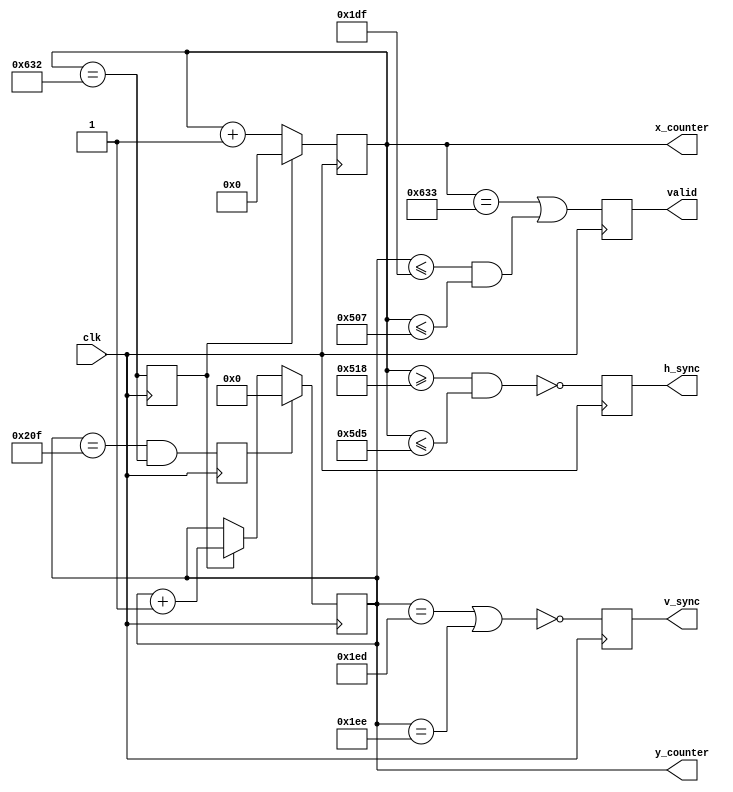
`timescale 1ns / 1ps
//////////////////////////////////////////////////////////////////////////////////
// Company: 
// Engineer: 
// 
// Design Name: 
// Module Name:    vga_sync 
// Project Name: 
// Target Devices: 
// Tool versions: 
// Description: 
//
// Dependencies: 
//
// Revision: 
// Revision 0.01 - File Created
// Additional Comments: 
//
//////////////////////////////////////////////////////////////////////////////////
module vga_sync(
    input clk,
    output reg h_sync,
    output reg v_sync,
    output reg valid,
    output reg [10:0] x_counter,
    output reg [9:0] y_counter
    );
	
reg  x_rst,y_rst;
wire y_en;
//resolution: 1288*480 @pixel clock=50Mhz
//counters for positioning pixels and synchronizing:
always @(posedge clk)
begin
if(x_rst) x_counter<=11'b0;
else      x_counter<=x_counter+11'd1;

if(y_rst) y_counter<=10'b0;
  else if(y_en) y_counter<=y_counter+10'd1;
    else           y_counter<=y_counter;
end

//reset and enable signals:
always @(posedge clk) 
begin
x_rst<=(x_counter==11'd1586);
y_rst<=(y_counter==10'd527 && x_counter==11'd1586);
end

//synchronization:
always @(posedge clk) 
begin
h_sync<=~((x_counter>=11'd1304) && (x_counter<=11'd1493));
v_sync<=~((y_counter==10'd493) || (y_counter==10'd494));
valid<=((x_counter==11'd1587) || (y_counter<=10'd479 && x_counter<=11'd1287));
end

assign y_en=x_rst;
endmodule